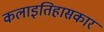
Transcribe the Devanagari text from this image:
कलाइतिहासकार